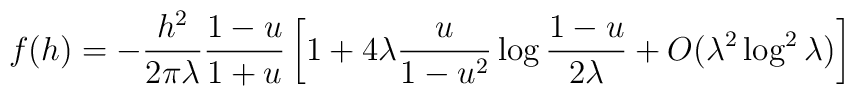
f(h)=-\frac{h^2}{2\pi\lambda}\frac{1-u}{1+u}\left[1+4\lambda\frac  {u}{1-u^2}\log\frac{1-u}{2\lambda}+O(\lambda^2\log^2\lambda)\right]